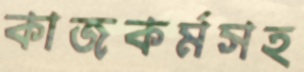
কাজকর্মসহ